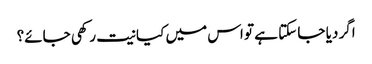
اگر دیا جا سکتا ہے تو اس میں کیا نیت رکھی جائے؟